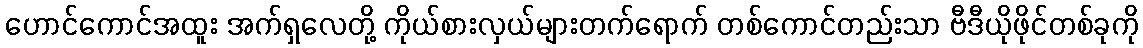
ဟောင်ကောင်အထူး အက်ရှလေတို့ ကိုယ်စားလှယ်များတက်ရောက် တစ်ကောင်တည်းသာ ဗီဒီယိုဖိုင်တစ်ခုကို